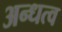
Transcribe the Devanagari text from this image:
अन्धत्व